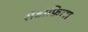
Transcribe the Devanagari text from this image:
रोडोफ़िला